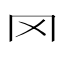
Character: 罓